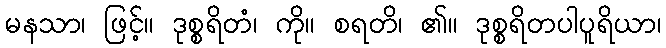
မနသာ၊ ဖြင့်။ ဒုစ္စရိတံ၊ ကို။ စရတိ၊ ၏။ ဒုစ္စရိတပါပူရိယာ၊